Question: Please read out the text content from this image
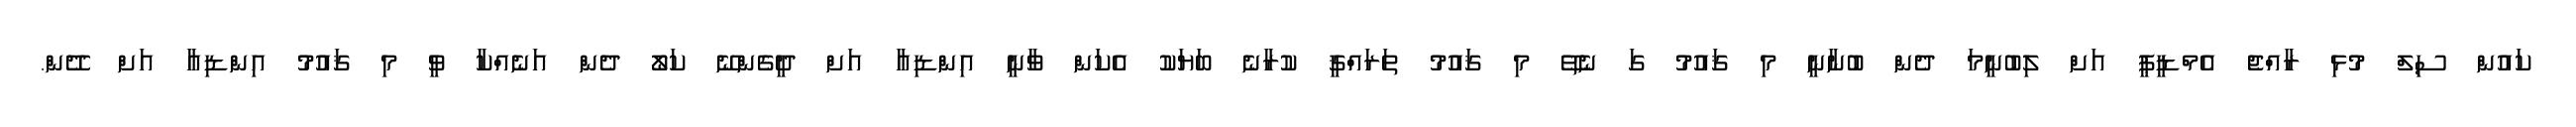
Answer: ކައުން ސިލް މުޅި ރާއްޖެ އެމްޑީޕީ އަށް ލިބުނީމަ ދެން ބުނާނީ މި ޤައުމު ގަ ނެތޭ މި ޤައުމު ތަރައްޤީ ކުރާނެ ބަޔަކު އެކަން ވާނީ އިންޑިއާ އަށް ދީގެންނޭ ކަލޯ ދެން އަނެއްކާ ވީ މި ޤައުމު އިންޑިއާ އަށް ދޭން.